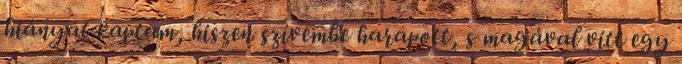
hiányát kaptam, hiszen szívembe harapott, s magával vitt egy